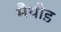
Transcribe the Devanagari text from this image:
मैथोड